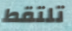
تلتقط